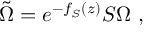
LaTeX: \tilde { \Omega } = e ^ { - f _ { \cal S } ( z ) } { \cal S } \Omega \ ,